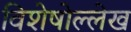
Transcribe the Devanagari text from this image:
विशेषोल्लेख